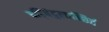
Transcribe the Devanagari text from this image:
षड्बिंदुलान्छितं